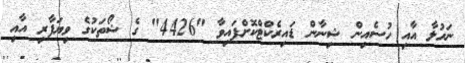
ނަހުލާ އާއި ހުސެއިން ޝިނާން ޑައިރެކްޓްކޮށްފައިވާ "4426" ގެ ޝޯތަކުގެ ވިޔަފާރި އާއި